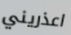
اعذريني